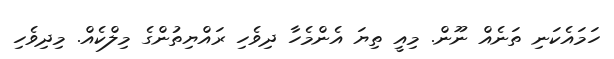
ހަމައެކަނި ތަނެއް ނޫން. މިއީ ތިޔަ އެންމެހާ ދިވެހި ރައްޔިތުންގެ މިލްކެއް. މިދިވެހި